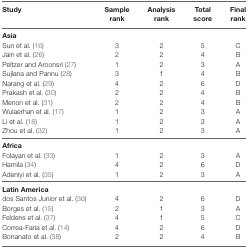
<table><thead><tr><td><b>Study</b></td><td><b>Sample rank</b></td><td><b>Analysis rank</b></td><td><b>Total score</b></td><td><b>Final rank</b></td></tr></thead><tbody><tr><td colspan="5"><b>Asia</b></td></tr><tr><td>Sun et al. (16)</td><td>3</td><td>2</td><td>5</td><td>C</td></tr><tr><td>Jain et al. (26)</td><td>2</td><td>2</td><td>4</td><td>B</td></tr><tr><td>Peltzer and Aroonsri (27)</td><td>1</td><td>2</td><td>3</td><td>A</td></tr><tr><td>Sujlana and Pannu (28)</td><td>3</td><td>1</td><td>4</td><td>B</td></tr><tr><td>Narang et al. (29)</td><td>4</td><td>2</td><td>6</td><td>D</td></tr><tr><td>Prakash et al. (30)</td><td>2</td><td>2</td><td>4</td><td>B</td></tr><tr><td>Menon et al. (31)</td><td>2</td><td>2</td><td>4</td><td>B</td></tr><tr><td>Wulaerhan et al. (17)</td><td>1</td><td>2</td><td>3</td><td>A</td></tr><tr><td>Li et al. (18)</td><td>1</td><td>2</td><td>3</td><td>A</td></tr><tr><td>Zhou et al. (32)</td><td>1</td><td>2</td><td>3</td><td>A</td></tr><tr><td colspan="5"><b>Africa</b></td></tr><tr><td>Folayan et al. (33)</td><td>1</td><td>2</td><td>3</td><td>A</td></tr><tr><td>Hamila (34)</td><td>4</td><td>2</td><td>6</td><td>D</td></tr><tr><td>Adeniyi et al. (35)</td><td>1</td><td>2</td><td>3</td><td>A</td></tr><tr><td colspan="5"><b>Latin America</b></td></tr><tr><td>dos Santos Junior et al. (36)</td><td>4</td><td>2</td><td>6</td><td>D</td></tr><tr><td>Borges et al. (15)</td><td>2</td><td>1</td><td>3</td><td>A</td></tr><tr><td>Feldens et al. (37)</td><td>4</td><td>1</td><td>5</td><td>C</td></tr><tr><td>Correa-Faria et al. (14)</td><td>4</td><td>2</td><td>6</td><td>D</td></tr><tr><td>Bonanato et al. (38)</td><td>2</td><td>2</td><td>4</td><td>B</td></tr></tbody></table>